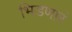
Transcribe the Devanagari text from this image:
भिडणारं